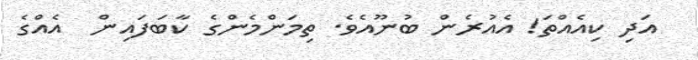
އަދި ކިއެއްތަ! އެއުރެން ބުނޫއެވެ. ތިމަންމެންގެ ކާބަފައިން  އެއްގެ